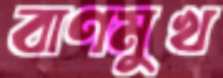
বাণমুখ